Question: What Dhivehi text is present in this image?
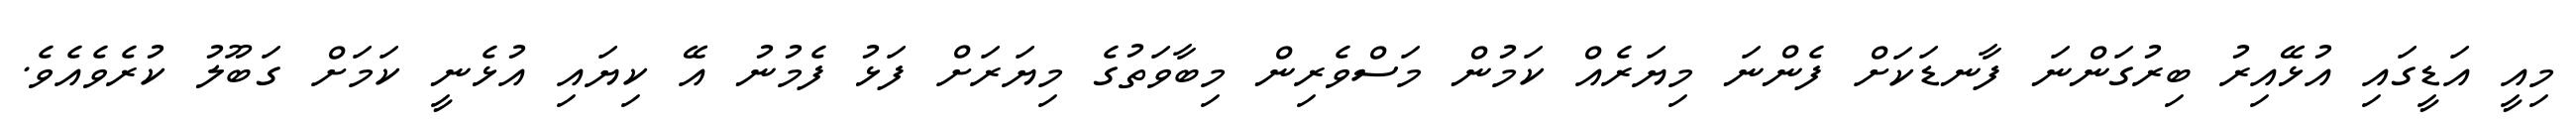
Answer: މިއީ އަޑީގައި އުޅޭއިރު ބިރުގަންނަ ފާނޑަކަށް ފެންނަ މިޔަރެއް ކަމުން މަސްވެރިން މިބާވަތުގެ މިޔަރަށް ފަޅު ފެމުނު އޭ ކިޔައި އުޅެނީ ކަމަށް ގަބޫލު ކުރެވެއެވެ.